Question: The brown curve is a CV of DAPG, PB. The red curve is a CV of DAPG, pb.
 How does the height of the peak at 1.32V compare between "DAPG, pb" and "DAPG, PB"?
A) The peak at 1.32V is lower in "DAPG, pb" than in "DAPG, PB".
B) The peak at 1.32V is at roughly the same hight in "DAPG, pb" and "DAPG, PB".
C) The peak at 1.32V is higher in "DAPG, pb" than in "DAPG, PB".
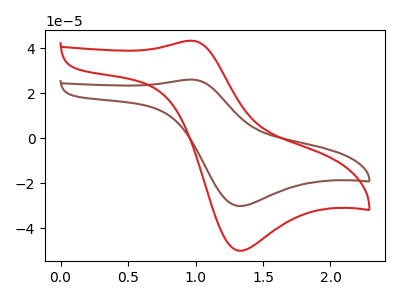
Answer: <think>The brown curve "DAPG, PB" has an anodic peak at (0.95V, 26.10uA) and a cathodic peak at (1.30V, -30.00uA). The red curve "DAPG, pb" has an anodic peak at (0.95V, 43.35uA) and a cathodic peak at (1.30V, -49.85uA).</think>
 <answer>C) The peak at 1.32V is higher in "DAPG, pb" than in "DAPG, PB".</answer>
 <eval>C</eval>